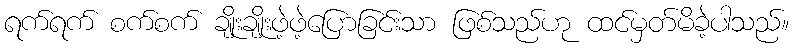
ရက်ရက် စက်စက် ချိုးချိုးဖဲ့ဖဲ့ပြောခြင်းသာ ဖြစ်သည်ဟု ထင်မှတ်မိခဲ့ပါသည်။